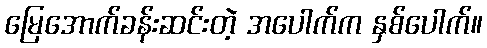
မြေအောက်ခန်းဆင်းတဲ့ အပေါက်က နှစ်ပေါက်။